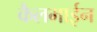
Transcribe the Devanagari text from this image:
कैलमाईन